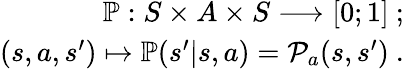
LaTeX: \begin{array}{r}{\mathbb{P}:S\times A\times S\longrightarrow[0;1]\mathrm{~};}\\ {(s,a,s^{\prime})\mapsto\mathbb{P}(s^{\prime}|s,a)=\mathcal{P}_{a}(s,s^{\prime})~.}\end{array}